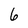
Character: 6